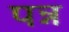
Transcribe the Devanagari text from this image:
पन्न